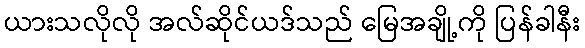
ယားသလိုလို အလ်ဆိုင်ယဒ်သည် မြေအချို့ကို ပြန်ခါနီး